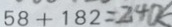
5 8 + 1 8 2 = 2 4 0 k